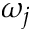
\omega _ { j }